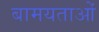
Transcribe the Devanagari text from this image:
बामयताओं